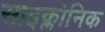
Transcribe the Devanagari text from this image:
साइक्लोनिक